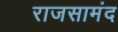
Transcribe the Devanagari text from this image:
राजसामंद